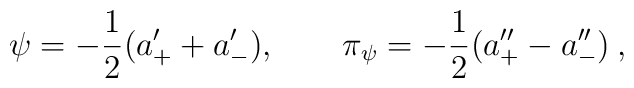
\psi=-{1\over2}(a_+^{\prime}+a_-^{\prime}),\qquad\pi_{\psi}=-{1\over2}(a_+^{\prime\prime}-a_-^{\prime\prime})\>,